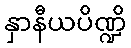
နှာနီယပိဏ္ဍိ